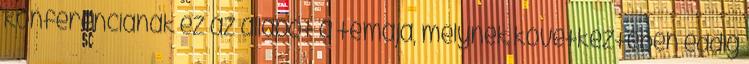
konferenciának ez az állapot a témája, melynek következtében eddig